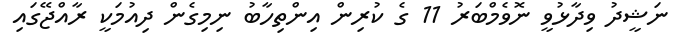
ނަޝީދު ވިދާޅުވީ ނޮވެމްބަރު 11 ގެ ކުރިން އިންތިހާބު ނިމިގެން ދިއުމަކީ ރާއްޖޭގައި